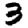
Digit: 3